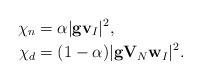
LaTeX: \begin{align*}\chi_n &= \alpha |\mathbf{g}\mathbf{v}_{I}|^2, \\\chi_d &= (1-\alpha)|\mathbf{g}\mathbf{V}_{N}\mathbf{w}_I|^2.\end{align*}